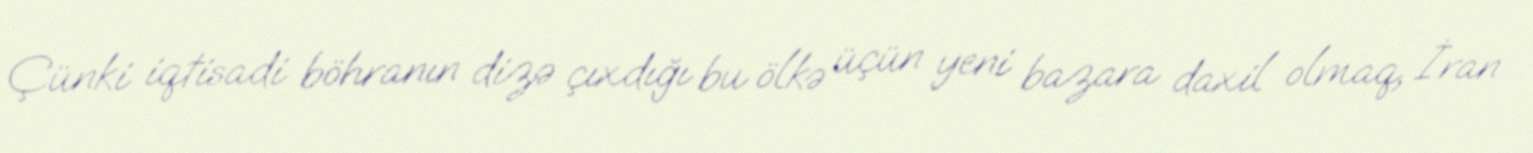
Çünki iqtisadi böhranın dizə çıxdığı bu ölkə üçün yeni bazara daxil olmaq, İran